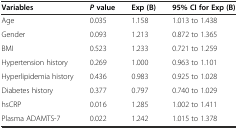
<table><thead><tr><td><b>Variables</b></td><td><b><i>P</i>value</b></td><td><b>Exp (B)</b></td><td><b>95% CI for Exp (B)</b></td></tr></thead><tbody><tr><td>Age</td><td>0.035</td><td>1.158</td><td>1.013 to 1.438</td></tr><tr><td>Gender</td><td>0.093</td><td>1.213</td><td>0.872 to 1.365</td></tr><tr><td>BMI</td><td>0.523</td><td>1.233</td><td>0.721 to 1.259</td></tr><tr><td>Hypertension history</td><td>0.269</td><td>1.000</td><td>0.963 to 1.101</td></tr><tr><td>Hyperlipidemia history</td><td>0.436</td><td>0.983</td><td>0.925 to 1.028</td></tr><tr><td>Diabetes history</td><td>0.377</td><td>0.797</td><td>0.740 to 1.029</td></tr><tr><td>hsCRP</td><td>0.016</td><td>1.285</td><td>1.002 to 1.411</td></tr><tr><td>Plasma ADAMTS-7</td><td>0.022</td><td>1.242</td><td>1.015 to 1.378</td></tr></tbody></table>